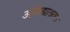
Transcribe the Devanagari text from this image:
अविद्याश्रव।